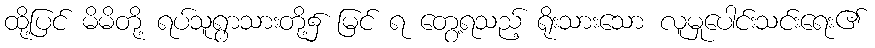
ထို့ပြင် မိမိတို့ ရပ်သူရွာသားတို့၌ မြင် ရ တွေ့ရသည့် ရိုးသားသော လူမှုပေါင်းသင်းရေး၏